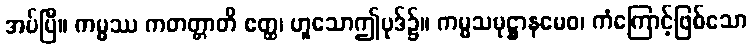
အပ်ပြီ။ ကမ္မဿ ကတတ္တာတိ ဧတ္ထ၊ ဟူသောဤပုဒ်၌။ ကမ္မသမုဋ္ဌာနမေဝ၊ ကံကြောင့်ဖြစ်သော